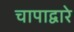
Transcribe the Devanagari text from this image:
चापाद्वारे